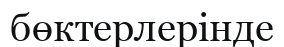
бөктерлерінде